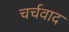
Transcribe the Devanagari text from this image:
चर्चवाद